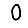
Digit: 0